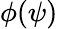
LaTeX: \phi(\psi)